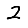
Digit: 2